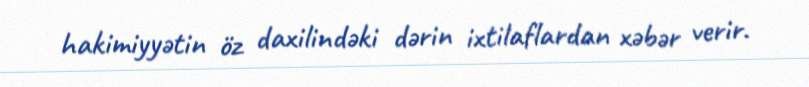
hakimiyyətin öz daxilindəki dərin ixtilaflardan xəbər verir.